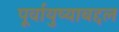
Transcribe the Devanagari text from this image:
पूर्वायुष्याबद्दल